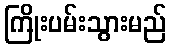
ကြိုးပမ်းသွားမည်